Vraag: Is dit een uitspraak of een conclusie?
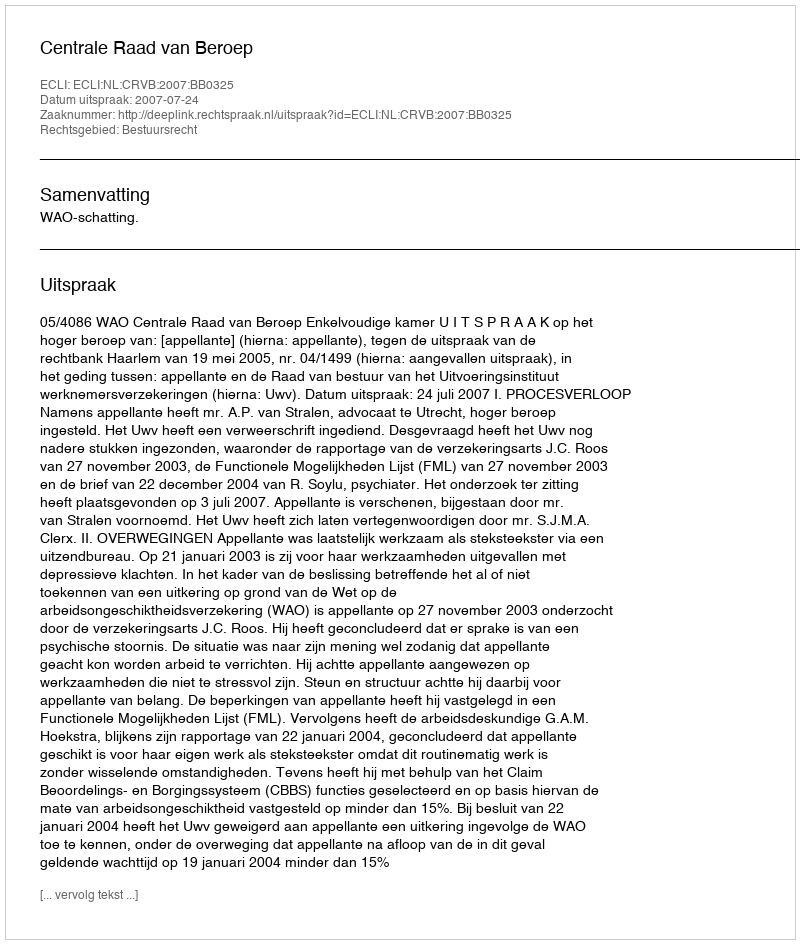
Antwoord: Uitspraak